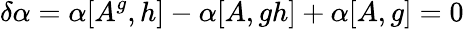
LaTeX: \delta\alpha=\alpha[A^{g},h]-\alpha[A,gh]+\alpha[A,g]=0